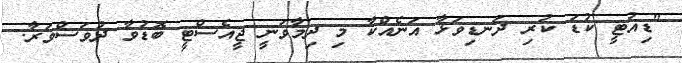
"ޑިއުޓީ ކުޑަ ކުރި ދަނޑިވަޅާ އަނެއްކާ މި ދިމާވަނީ ޖީއެސްޓީ ބޮޑުވާ ދުވަސްވަރާ.